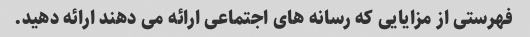
فهرستی از مزایایی که رسانه های اجتماعی ارائه می دهند ارائه دهید.